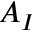
A _ { I }